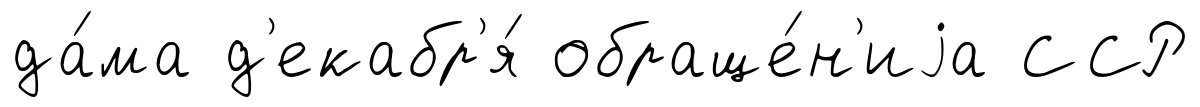
да́ма д'екабр'я́ обраще́н'иjа ССР